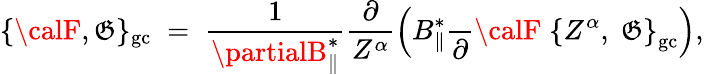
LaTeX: \{ {\calF},{\cal\mathfrak{G}}\} _{\mathrm{{gc}}}\; =\; \frac{{1}}{{\partialB_{\| }^{*}}}\frac{{\partial}}{{Z^{\alpha}}}\left(B_{\| }^{*}\frac{{}}{{\partial}}{\calF}\; \left\{ Z^{\alpha},\; {\cal\mathfrak{G}}\right\} _{\mathrm{{gc}}}\right),